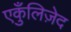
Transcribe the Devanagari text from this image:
एकुँलिज़ेद